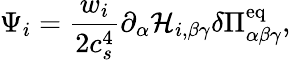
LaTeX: \Psi_{i}=\frac{w_{i}}{2c_{s}^{4}}\partial_{\alpha}\mathcal{H}_{i,\beta\gamma}\delta\Pi_{\alpha\beta\gamma}^{\mathrm{eq}},